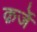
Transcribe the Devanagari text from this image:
क़र्जे